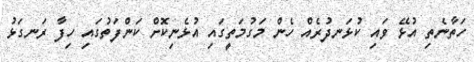
ހަތާނެތި އުޅޭ ވައި ކުޅަނދުރެއް ހެން މަގުމަތީގައި އުޅެނިކޮށް ކަންފަތުގައި ހިފާ ރަނގަޅު